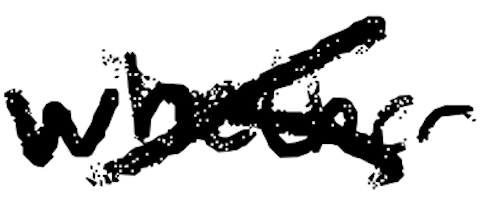
Text: whether
Cross-out: cross
Writing tool: digital_black